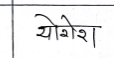
मजकूर: योगेश